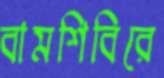
বামশিবিরে